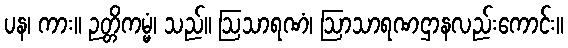
ပန၊ ကား။ ဉတ္တိကမ္မံ၊ သည်။ ဩသာရဏံ၊ ဩာသာရဏဌာနလည်းကောင်း။